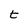
Character: t